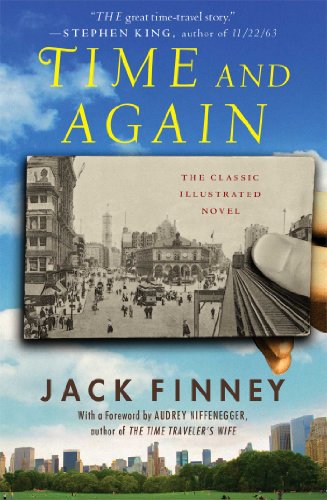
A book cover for Time and Again; Jack Finney; Science Fiction & Fantasy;